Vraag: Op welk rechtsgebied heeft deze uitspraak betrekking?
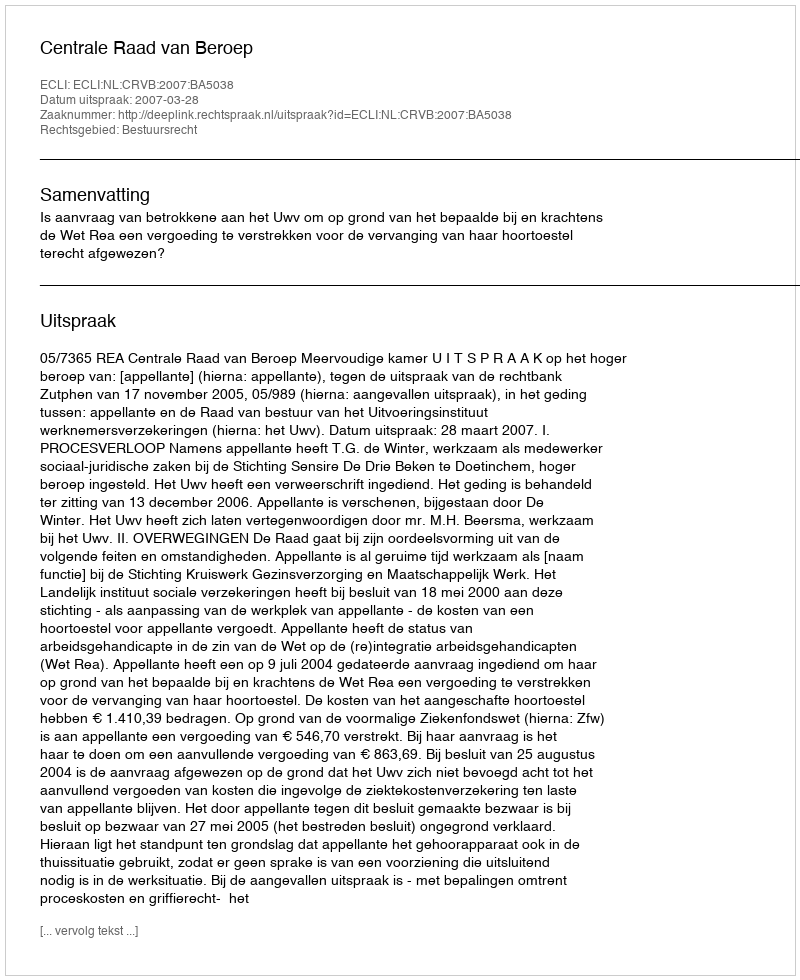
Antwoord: Bestuursrecht